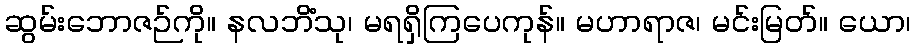
ဆွမ်းဘောဇဉ်ကို။ နလဘိံသု၊ မရရှိကြပေကုန်။ မဟာရာဇ၊ မင်းမြတ်။ ယော၊